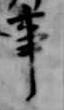
事